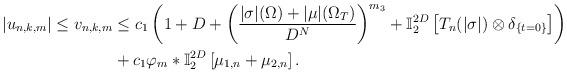
LaTeX: \begin{align*}|u_{n,k,m}|\leq v_{n,k,m}& \leq c_{1}\left( 1+D+\left( \frac{|\sigma|(\Omega )+|\mu |(\Omega _{T})}{D^{N}}\right) ^{m_{3}}+\mathbb{I}_{2}^{2D}\left[ T_{n}(|\sigma |)\otimes \delta _{\{t=0\}}\right] \right) \\& +c_{1}\varphi _{m}\ast \mathbb{I}_{2}^{2D}\left[ \mu _{1,n}+\mu _{2,n}\right] .\end{align*}